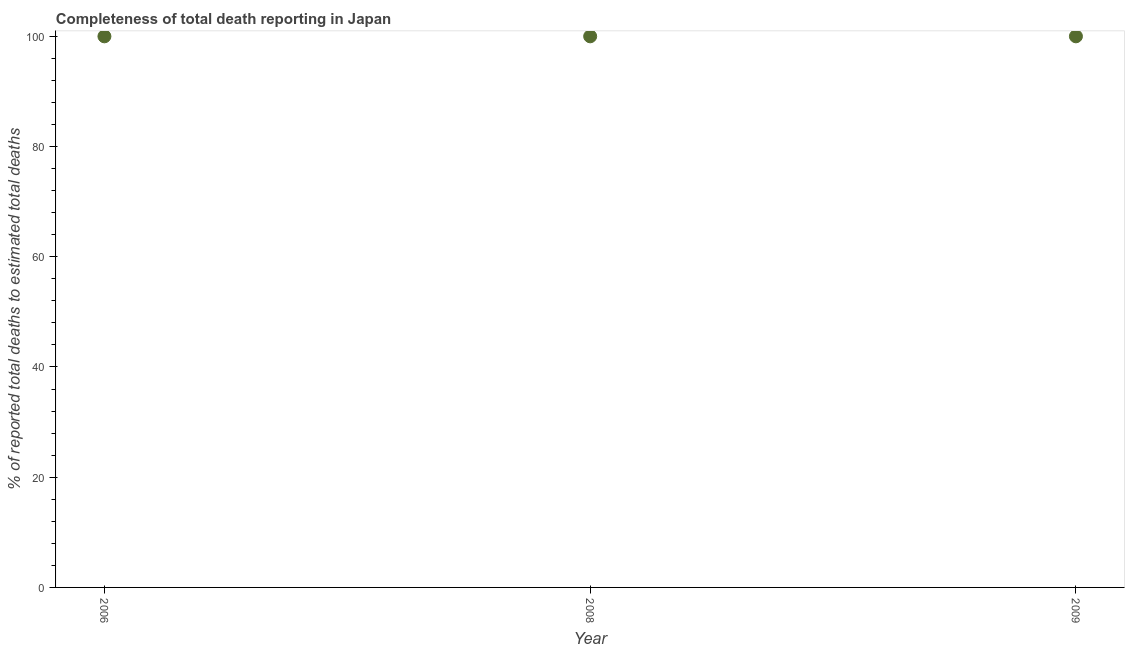
| Year | Completeness of total death reporting  |
 | --- | --- |
 | 2006 | 100 |
 | 2008 | 100 |
 | 2009 | 100 |